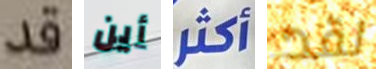
قد أين أكثر لقد